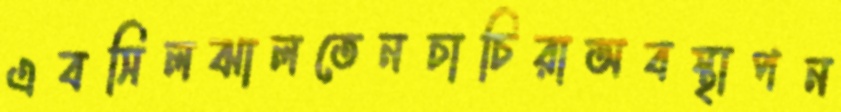
এবসিলঝালতেনচাচিরাঅবস্থাপন